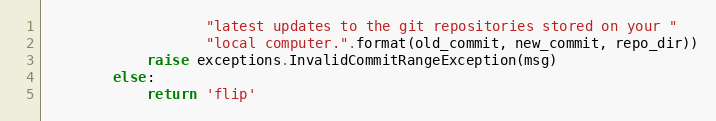
Language: Python
                   "latest updates to the git repositories stored on your "
                   "local computer.".format(old_commit, new_commit, repo_dir))
            raise exceptions.InvalidCommitRangeException(msg)
        else:
            return 'flip'